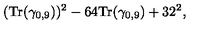
( { \mathrm { T r } } ( \gamma _ { 0 , 9 } ) ) ^ { 2 } - 6 4 { \mathrm { T r } } ( \gamma _ { 0 , 9 } ) + 3 2 ^ { 2 } ,